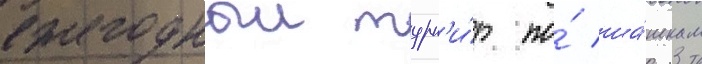
ежегодныи турн'и́р по́ ша́шкам